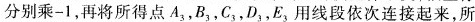
分别乘-1，再将所得点A_{3}，B_{3}，C_{3}，D_{3}，E_{3}，用线段依次连接起来，所